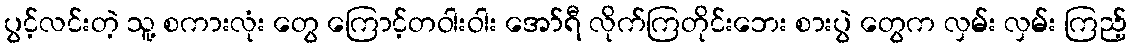
ပွင့်လင်းတဲ့ သူ့ စကားလုံး တွေ ကြောင့်တဝါးဝါး အော်ရီ လိုက်ကြတိုင်းဘေး စားပွဲ တွေက လှမ်း လှမ်း ကြည့်